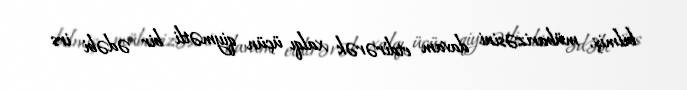
bilmiş, mübarizəsini davam etdirərək xalqı üçün qiymətli bir ədəbi irs